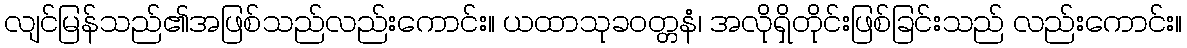
လျင်မြန်သည်၏အဖြစ်သည်လည်းကောင်း။ ယထာသုခဝတ္တနံ၊ အလိုရှိတိုင်းဖြစ်ခြင်းသည် လည်းကောင်း။